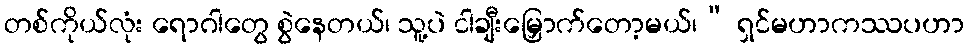
တစ်ကိုယ်လုံး ရောဂါတွေ စွဲနေတယ်၊ သူ့ပဲ ငါချီးမြှောက်တော့မယ်၊” ရှင်မဟာကဿပဟာ